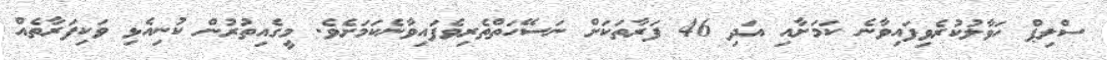
ސްލިޕް ހަވާލުކުރެވިފައިވާނެ ކަމަށާއި އަދި 46 ފަރާތަކަށް ނަސޭހަތްތެރިވެފައިވާނެކަމަށެވެ. މީގެއިތުރުން ކުނިއެޅި ވަކިފަރާތެއް